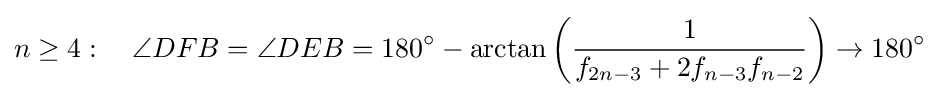
n\geq 4:\quad \angle DFB=\angle DEB=180^{\circ }-\arctan \left({\frac {1}{f_{2n-3}+2f_{n-3}f_{n-2}}}\right)\rightarrow 180^{\circ }